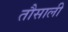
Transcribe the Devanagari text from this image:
तौसाली